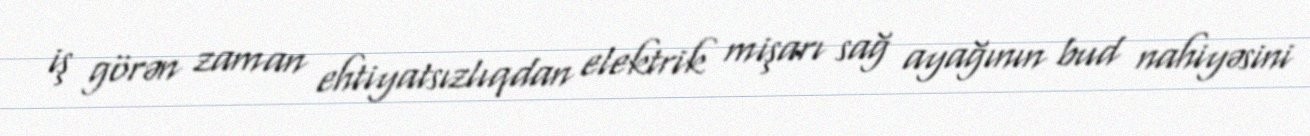
iş görən zaman ehtiyatsızlıqdan elektrik mişarı sağ ayağının bud nahiyəsini